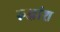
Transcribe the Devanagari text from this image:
रुक्षांश